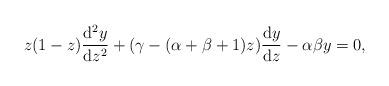
LaTeX: \begin{align*}& z(1-z) \frac{{\rm d}^2y}{{\rm d}z^2} + ( \gamma - (\alpha + \beta +1)z ) \frac{{\rm d}y}{{\rm d}z} -\alpha \beta y=0,\end{align*}